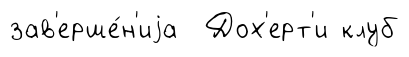
зав'ерше́н'иjа Дох'ерт'и клуб